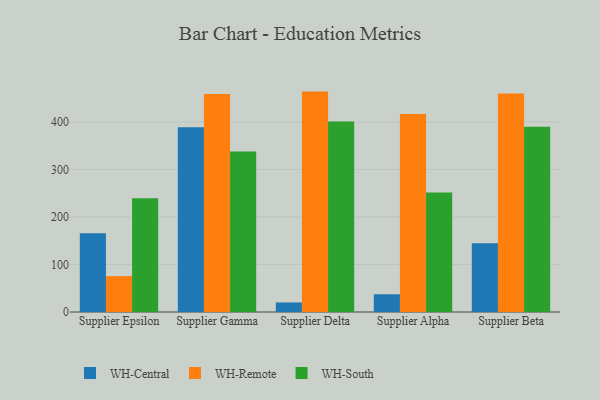
{"axis": {"x": "Supplier", "y": "Market Share (%)"}, "legend": ["WH-Central", "WH-Remote", "WH-South"], "data": [{"x": "Supplier Epsilon", "y": 165.8, "type": "WH-Central"}, {"x": "Supplier Epsilon", "y": 75.5, "type": "WH-Remote"}, {"x": "Supplier Epsilon", "y": 239.2, "type": "WH-South"}, {"x": "Supplier Gamma", "y": 388.9, "type": "WH-Central"}, {"x": "Supplier Gamma", "y": 459.0, "type": "WH-Remote"}, {"x": "Supplier Gamma", "y": 337.5, "type": "WH-South"}, {"x": "Supplier Delta", "y": 20.1, "type": "WH-Central"}, {"x": "Supplier Delta", "y": 463.8, "type": "WH-Remote"}, {"x": "Supplier Delta", "y": 401.1, "type": "WH-South"}, {"x": "Supplier Alpha", "y": 37.3, "type": "WH-Central"}, {"x": "Supplier Alpha", "y": 416.9, "type": "WH-Remote"}, {"x": "Supplier Alpha", "y": 251.7, "type": "WH-South"}, {"x": "Supplier Beta", "y": 144.5, "type": "WH-Central"}, {"x": "Supplier Beta", "y": 460.0, "type": "WH-Remote"}, {"x": "Supplier Beta", "y": 389.6, "type": "WH-South"}]}